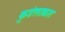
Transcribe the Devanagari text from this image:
कुडंलाकार